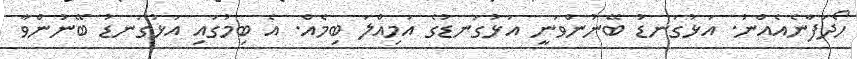
ހޯދަފާނެއެއްނު. އަޅުގަނޑު ބޭނުންވަނީ އަޅުގަނޑުގެ އަމިއްލަ ބިމެއް. އެ ބިމުގައި އަޅުގަނޑު ބޭނުންވާ